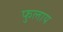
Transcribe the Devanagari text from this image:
फुलाय